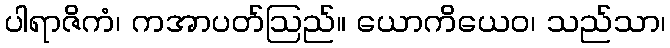
ပါရာဇိကံ၊ ကအာပတ်ဩည်။ ယောကိယေဝ၊ သည်သာ၊